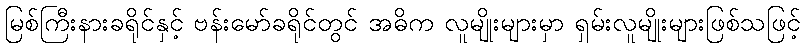
မြစ်ကြီးနားခရိုင်နှင့် ဗန်းမော်ခရိုင်တွင် အဓိက လူမျိုးများမှာ ရှမ်းလူမျိုးများဖြစ်သဖြင့်